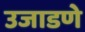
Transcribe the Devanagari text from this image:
उजाडणे